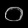
Digit: ၀